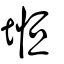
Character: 堩